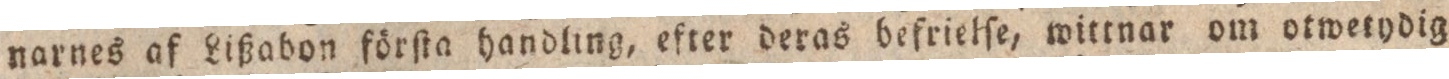
narnes af Lißabon förſta handling, efter deras befrielſe, wittnar om otwetydig